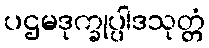
ပဌမဒုက္ခုပ္ပါဒသုတ္တံ